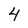
Character: 4